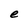
Character: e